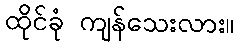
ထိုင်ခုံ ကျန်သေးလား။